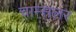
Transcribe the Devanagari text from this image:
चाम्सलर